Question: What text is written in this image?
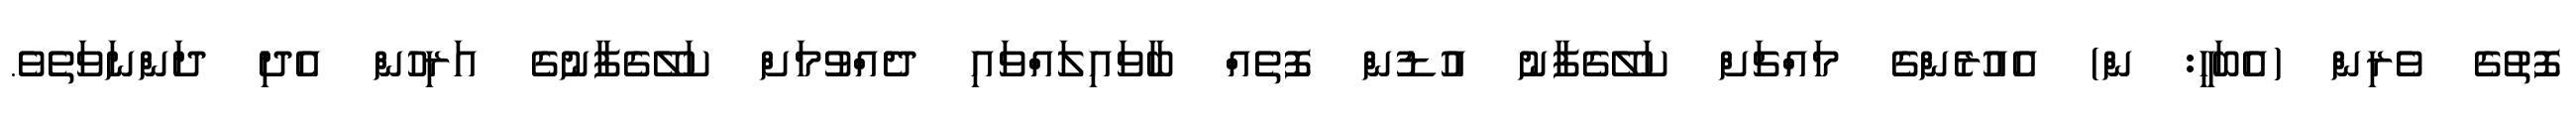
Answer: ފޮތުގެ ވެރިން (އެބަހީ: ން) އެއުރެންގެ މައްޗަށް ކަލޭގެފާނު އުޑުން ފޮތެއް ބާވައިލައްވައި ދެއްވުމަށް ކަލޭގެފާނުގެ އަރިހުން އެދި ދަންނަވަތެވެ.